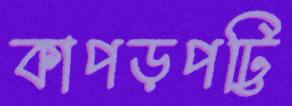
কাপড়পট্টি